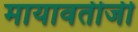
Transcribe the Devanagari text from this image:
मायावतीजी